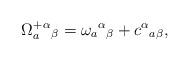
LaTeX: \begin{align*}\Omega^+_a{^\alpha}{_\beta} = \omega_a{^\alpha}{_\beta} +c{^\alpha}{_{a\beta}},\end{align*}